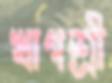
খাগশ্রী